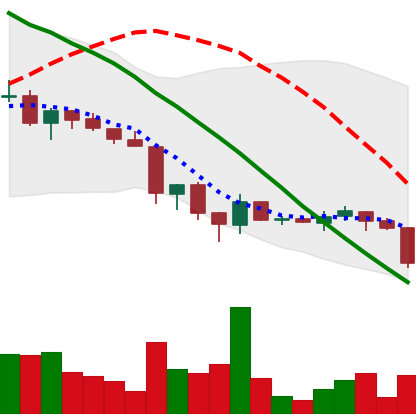
Ticker: ADA-USD
Chart end date: 2018-06-22
Forward return: -8.864%
Label: down_7plus